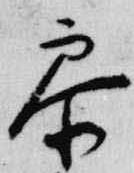
参